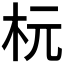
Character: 𪸑